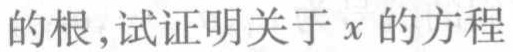
的根,试证明关于\(x\)的方程